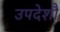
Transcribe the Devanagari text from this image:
उपदेशौं